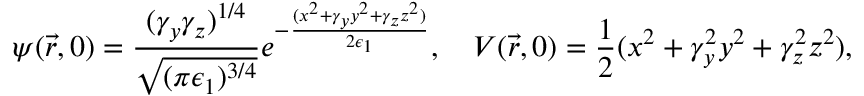
\psi ( \vec { r } , 0 ) = \frac { ( \gamma _ { y } \gamma _ { z } ) ^ { 1 / 4 } } { \sqrt { ( \pi \epsilon _ { 1 } ) ^ { 3 / 4 } } } e ^ { - \frac { ( x ^ { 2 } + \gamma _ { y } y ^ { 2 } + \gamma _ { z } z ^ { 2 } ) } { 2 \epsilon _ { 1 } } } , \ \ \ V ( \vec { r } , 0 ) = \frac { 1 } { 2 } ( x ^ { 2 } + \gamma _ { y } ^ { 2 } y ^ { 2 } + \gamma _ { z } ^ { 2 } z ^ { 2 } ) ,